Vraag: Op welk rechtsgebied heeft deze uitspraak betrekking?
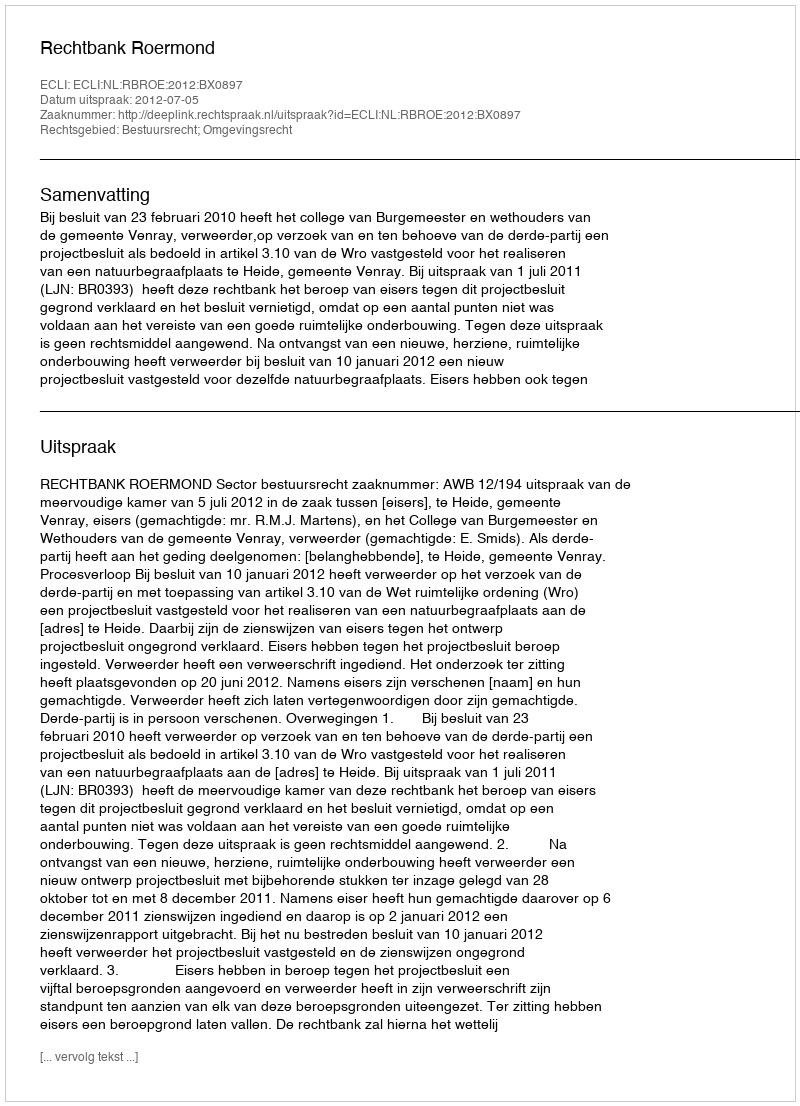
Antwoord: Bestuursrecht; Omgevingsrecht